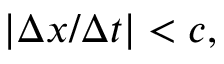
| \Delta x / \Delta t | < c ,